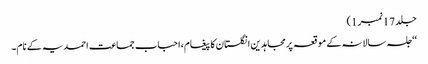
جلد 17نمبر 1)
‘‘جلسہ سالانہ کے موقعہ پرمجاہدین انگلستان کا پیغام،احباب جماعت احمدیہ کے نام۔